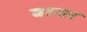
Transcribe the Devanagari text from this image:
बल्वर